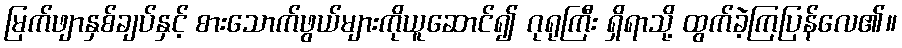
မြက်ဖျာနှစ်ချပ်နှင့် စားသောက်ဖွယ်များကိုယူဆောင်၍ ဂုရုကြီး ရှိရာသို့ ထွက်ခဲ့ကြပြန်လေ၏။